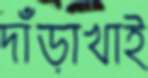
দাঁড়াখাই